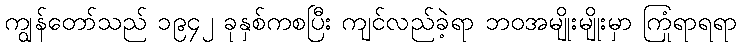
ကျွန်တော်သည် ၁၉၄၂ ခုနှစ်ကစပြီး ကျင်လည်ခဲ့ရာ ဘဝအမျိုးမျိုးမှာ ကြုံရာရရာ